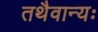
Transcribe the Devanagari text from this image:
तथैवान्यः